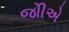
જોીએ